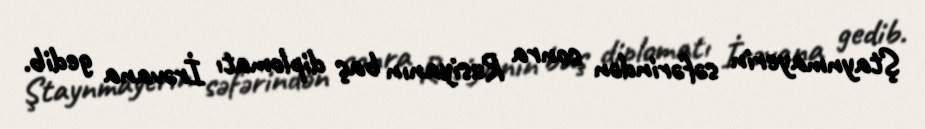
Ştaynmayerin səfərindən sonra Rusiyanın baş diplomatı İrəvana gedib.